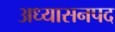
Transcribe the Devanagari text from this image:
अध्यासनपद